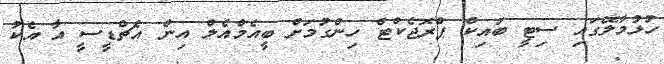
ހުޅުމާލޭގައި ސިޓީ ބައިކް ޕްރޮޖެކްޓް ހިންގުމަށް ބީއެމްއެލް އިން އެޗްޑީސީ އާ އެކު